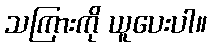
သကြားကို ယူပေးပါ။